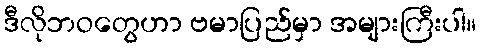
ဒီလိုဘဝတွေဟာ ဗမာပြည်မှာ အများကြီးပါ။